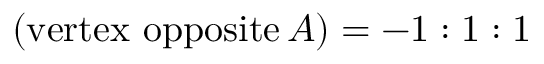
( { \mathrm { v e r t e x ~ o p p o s i t e } } \, A ) = - 1 : 1 : 1